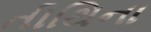
તીથિના